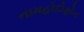
નામહોદોફોન